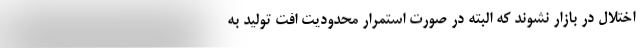
اختلال در بازار نشوند که البته در صورت استمرار محدودیت افت تولید به